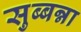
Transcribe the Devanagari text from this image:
सुब्बन्ना